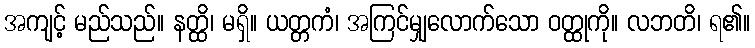
အကျင့် မည်သည်။ နတ္ထိ၊ မရှိ။ ယတ္တကံ၊ အကြင်မျှလောက်သော ဝတ္ထုကို။ လဘတိ၊ ရ၏။